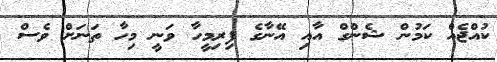
ކުއްޖެއް ކަމުން ޝެންގް އާއި އޭނާގެ ފިރިމީހާ ވަނީ މިހާ ތަނަށް ވެސް